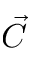
\vec { C }